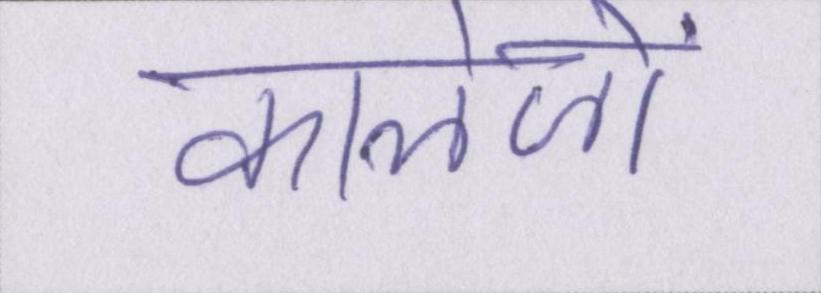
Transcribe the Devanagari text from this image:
कालेजों